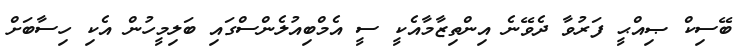
ބޭސިކް ޞިއްޙީ ފަރުވާ ދެވޭނެ އިންތިޒާމާއެކީ ސީ އެމްބިއުލެންސްގައި ބަލިމީހުން އެކި ހިސާބަށް